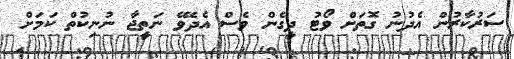
ސަރުކާރުން އެދުނު ގޮތަށް ވޯޓު ދީގެން ވެސް އެދެވޭ ނަތީޖާ ނުނިކުތް ކަމަށް